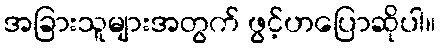
အခြားသူများအတွက် ဖွင့်ဟပြောဆိုပါ။